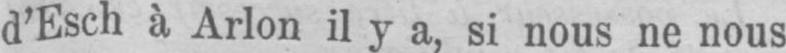
d’Esch à Arlon il y a, si nous ne nous